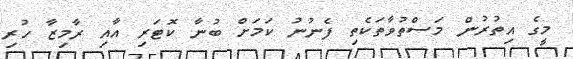
މީގެ އިތުރުން މަސްތުވާތަކެތި ފެނުނު ކަމަށް ބުނާ ކޮޓަރި އާއި ރާމިޒާ ހުރި